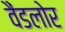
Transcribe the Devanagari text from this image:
वैंडलोर